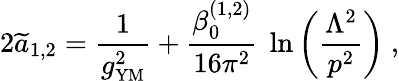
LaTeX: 2{\widetilde a}_{1,2}={\frac{1}{g_{\mathrm{{\small YM}}}^{2}}}+{\frac{\beta_{0}^{(1,2)}}{16\pi^{2}}}~\ln\left({\frac{\Lambda^{2}}{p^{2}}}\right)~,